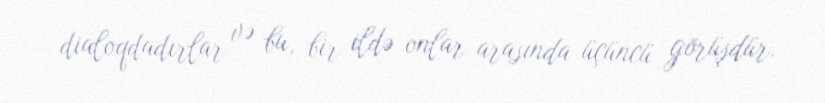
dialoqdadırlar və bu, bir ildə onlar arasında üçüncü görüşdür.